Annual report of the Punjab Veterinary College and of the Civil Veterinary Department, Punjab - 1894-1908
Year: 1894
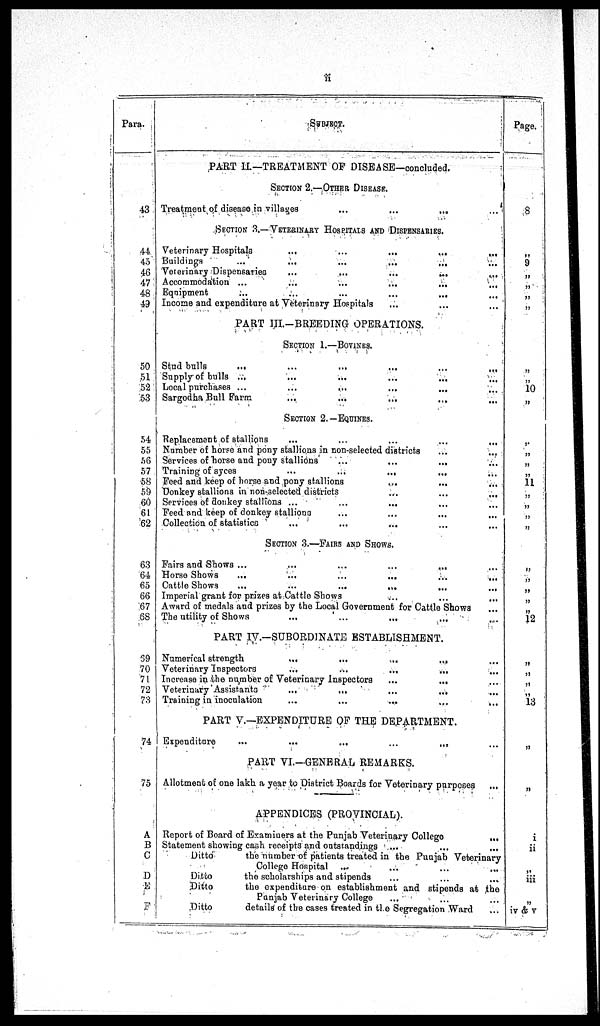
ii
Para.
43
44
45
4G
47
48
49
50
51
52
53
54
55
56
57
58
59
60
61
62
63
64
65
66
67
88
59
70
71
72
73
74
75
A
B
C
D
E
F
SUBJECT.
PART II—TREATMENT OF DISEASE—concluded.
SECTION 2.—OTHER DISEASE.
Treatment of disease in villages
...
...
...
SECTION 3.— VETERINARY HOSPITALS AND DISPENSARIES.
Veterinary
Hospitals
...
...
...
...
...
Buildings
...
...
...
...
...
Veterinary Dispensaries
...
...
...
...
...
Accommodation ...
...
...
...
...
...
Equipment
...
...
...
...
...
...
Income and expenditure at Veterinary Hospitals ... ... ...
PART III.—BREEDING OPERATIONS.
SECTION 1.—BOVINCE.
Stud bulls ... ... ... ... ...
Supply of bulls ... ... ... ... ...
Local purchases ...
...
...
...
...
Sargodha Bull Farm ... ... ... ...
SECTION 2.—EQUINES.
Replacement of stallions ... ... ... ... ... ...
Number of horse and pony stallions in non-selected districts
...
...
Services of horse and pony stallions
...
...
...
Training of syces
...
...
...
...
Feed and keep of horse and pony stallions ... ... ... ...
Donkey stallions in non-selected districts
...
...
...
Services of donkey stallions ...
...
...
Feed and keep of donkey stallions ... ... ... ...
Collection of statistics ... ... ... ... ...
SECTION 3.—FAIRS AND SHOWS.
Fairs and Shows ...
...
...
...
...
Horse Shows
...
...
...
...
...
...
Cattle Shows
...
...
...
...
...
...
Imperial grant for prizes at Cattle Shows ... ... ...
Award of medals and prizes by the Local Government for Cattle Shows ...
The utility of Shows ... ... ... ... ...
PART IV.—SUBORDINATE ESTABLISHMENT.
Numerical strength
...
...
...
...
Veterinary Inspectors
...
...
...
...
Increase in the number of Veterinary Inspectors
...
...
Veterinary Assistants
...
...
...
...
Training in inoculation ... ... ... ...
PART V —EXPENDITURE OF THE DEPARTMENT.
Expenditure
...
...
...
...
...
PART VI.—GENERAL REMARKS.
Allotment of one lakh a year to District Boards for Veterinary purposes ...
APPENDICES (PROVINCIAL).
Report of Board of Examiuers at the Punjab Veterinary College
...
Statement showing cash receipts and outstandings ...
...
...
Ditto
the number of patients treated in the Punjab Veterinary
College Hospital
...
...
...
...
Ditto
the scholarships and stipends ... ... ...
Ditto
the expenditure on establishment and stipends at the
Punjab Veterinary College ... ... ...
Ditto
details' of the cases treated in the Segregation Ward ...
Page.
8
„
9
„
„
„
„
„
„
10
„
„
„
„
„
11
„
„
„
„
„
„
„
„
„
12
„
„
„
„
13
„
„
i
ii
„
iii
„
iv & v